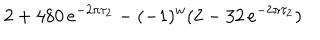
LaTeX: 2 + 4 8 0 \, e ^ { - 2 \pi \tau _ { 2 } } - ( - 1 ) ^ { w } ( 2 - 3 2 \, e ^ { - 2 \pi \tau _ { 2 } } )